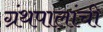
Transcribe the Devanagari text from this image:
ग्रंथपालांची